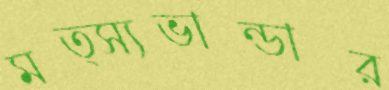
মত্স্যভান্ডার